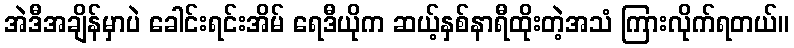
အဲဒီအချိန်မှာပဲ ခေါင်းရင်းအိမ် ရေဒီယိုက ဆယ့်နှစ်နာရီထိုးတဲ့အသံ ကြားလိုက်ရတယ်။